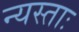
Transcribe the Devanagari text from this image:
न्यस्ताः